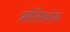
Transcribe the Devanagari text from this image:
फ्रोसिनोन